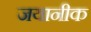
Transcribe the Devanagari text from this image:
जयानीक